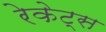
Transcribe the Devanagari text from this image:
रेकेट्स